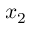
x _ { 2 }